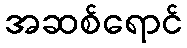
အဆစ်ရောင်